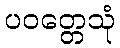
ပဝတ္တေသုံ